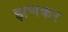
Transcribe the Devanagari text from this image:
झणकर